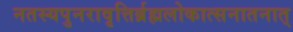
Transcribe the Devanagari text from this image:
नतस्यपुनरावृत्तिर्ब्रह्मलोकात्सनातनात्